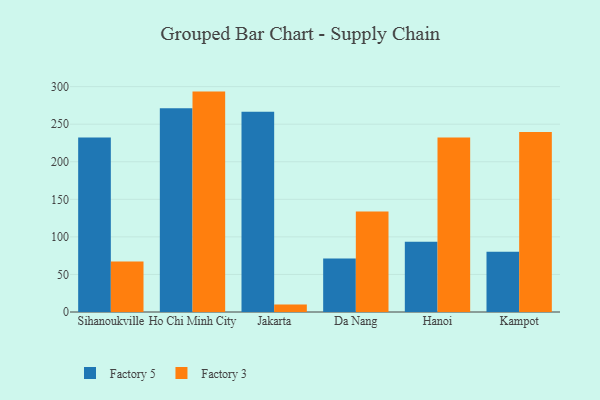
{"axis": {"x": "City", "y": "Tickets Resolved"}, "legend": ["Factory 3", "Factory 5"], "data": [{"x": "Sihanoukville", "y": 232.4, "type": "Factory 5"}, {"x": "Sihanoukville", "y": 67.1, "type": "Factory 3"}, {"x": "Ho Chi Minh City", "y": 271.1, "type": "Factory 5"}, {"x": "Ho Chi Minh City", "y": 293.4, "type": "Factory 3"}, {"x": "Jakarta", "y": 266.6, "type": "Factory 5"}, {"x": "Jakarta", "y": 10.0, "type": "Factory 3"}, {"x": "Da Nang", "y": 71.2, "type": "Factory 5"}, {"x": "Da Nang", "y": 133.9, "type": "Factory 3"}, {"x": "Hanoi", "y": 93.6, "type": "Factory 5"}, {"x": "Hanoi", "y": 232.2, "type": "Factory 3"}, {"x": "Kampot", "y": 80.2, "type": "Factory 5"}, {"x": "Kampot", "y": 239.7, "type": "Factory 3"}]}